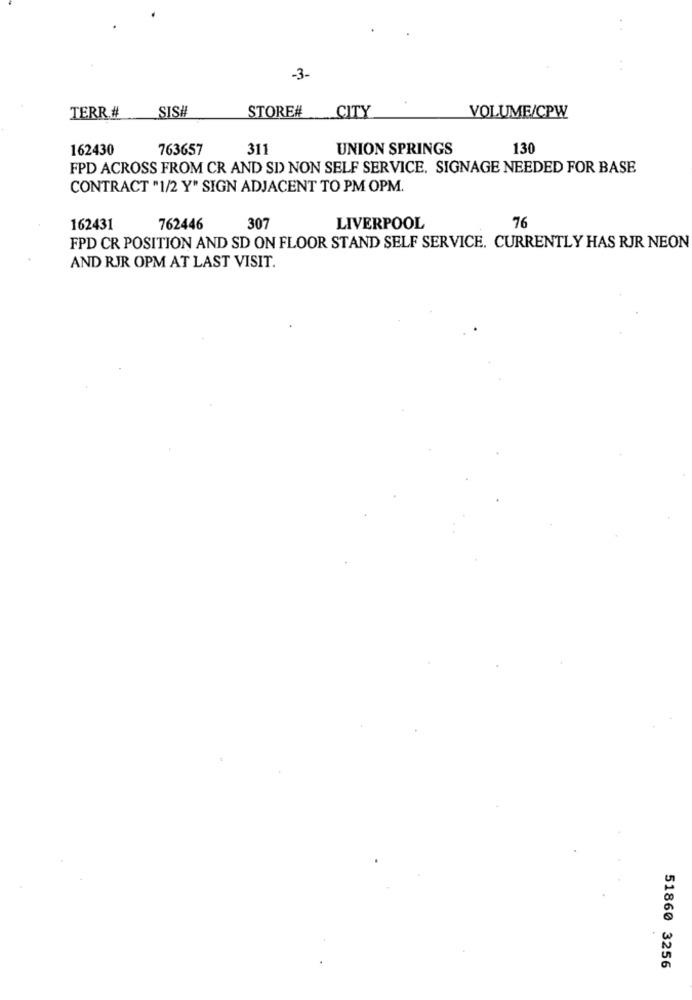
-3-
TERR #
SISH
CITY
STORE#
VOLUME/CPW
162430
763657
311
UNION SPRINGS
130
FPD ACROSS FROM CR AND SD NON SELF SERVICE. SIGNAGE NEEDED FOR BASE
CONTRACT "1/2 Y" SIGN ADJACENT TO PM OPM.
76
162431
762446
307
LIVERPOOL
FPD CR POSITION AND SD ON FLOOR STAND SELF SERVICE. CURRENTLY HAS RJR NEON
AND RJR OPM AT LAST VISIT.
51860 3256